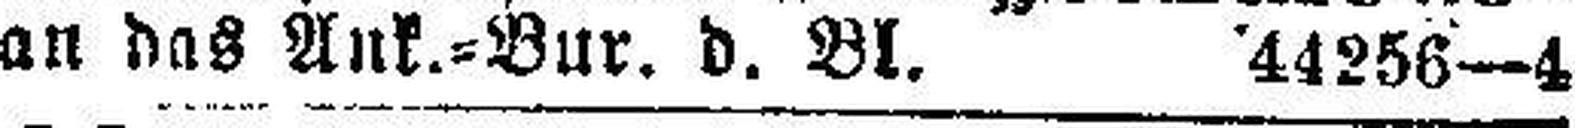
an das Ank.=Bur. d. Bl. 44256—4